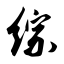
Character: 综